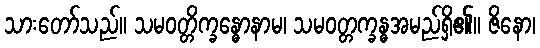
သားတော်သည်။ သမဝတ္တိက္ခန္ဓောနာမ၊ သမဝတ္တက္ခန္ဓအမည်ရှိ၏။ ဇိနော၊